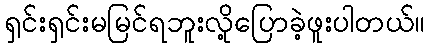
ရှင်းရှင်းမမြင်ရဘူးလို့ပြောခဲ့ဖူးပါတယ်။